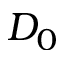
D _ { 0 }